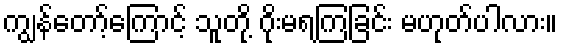
ကျွန်တော့်ကြောင့် သူတို့ ဂိုးမရကြခြင်း မဟုတ်ပါလား။